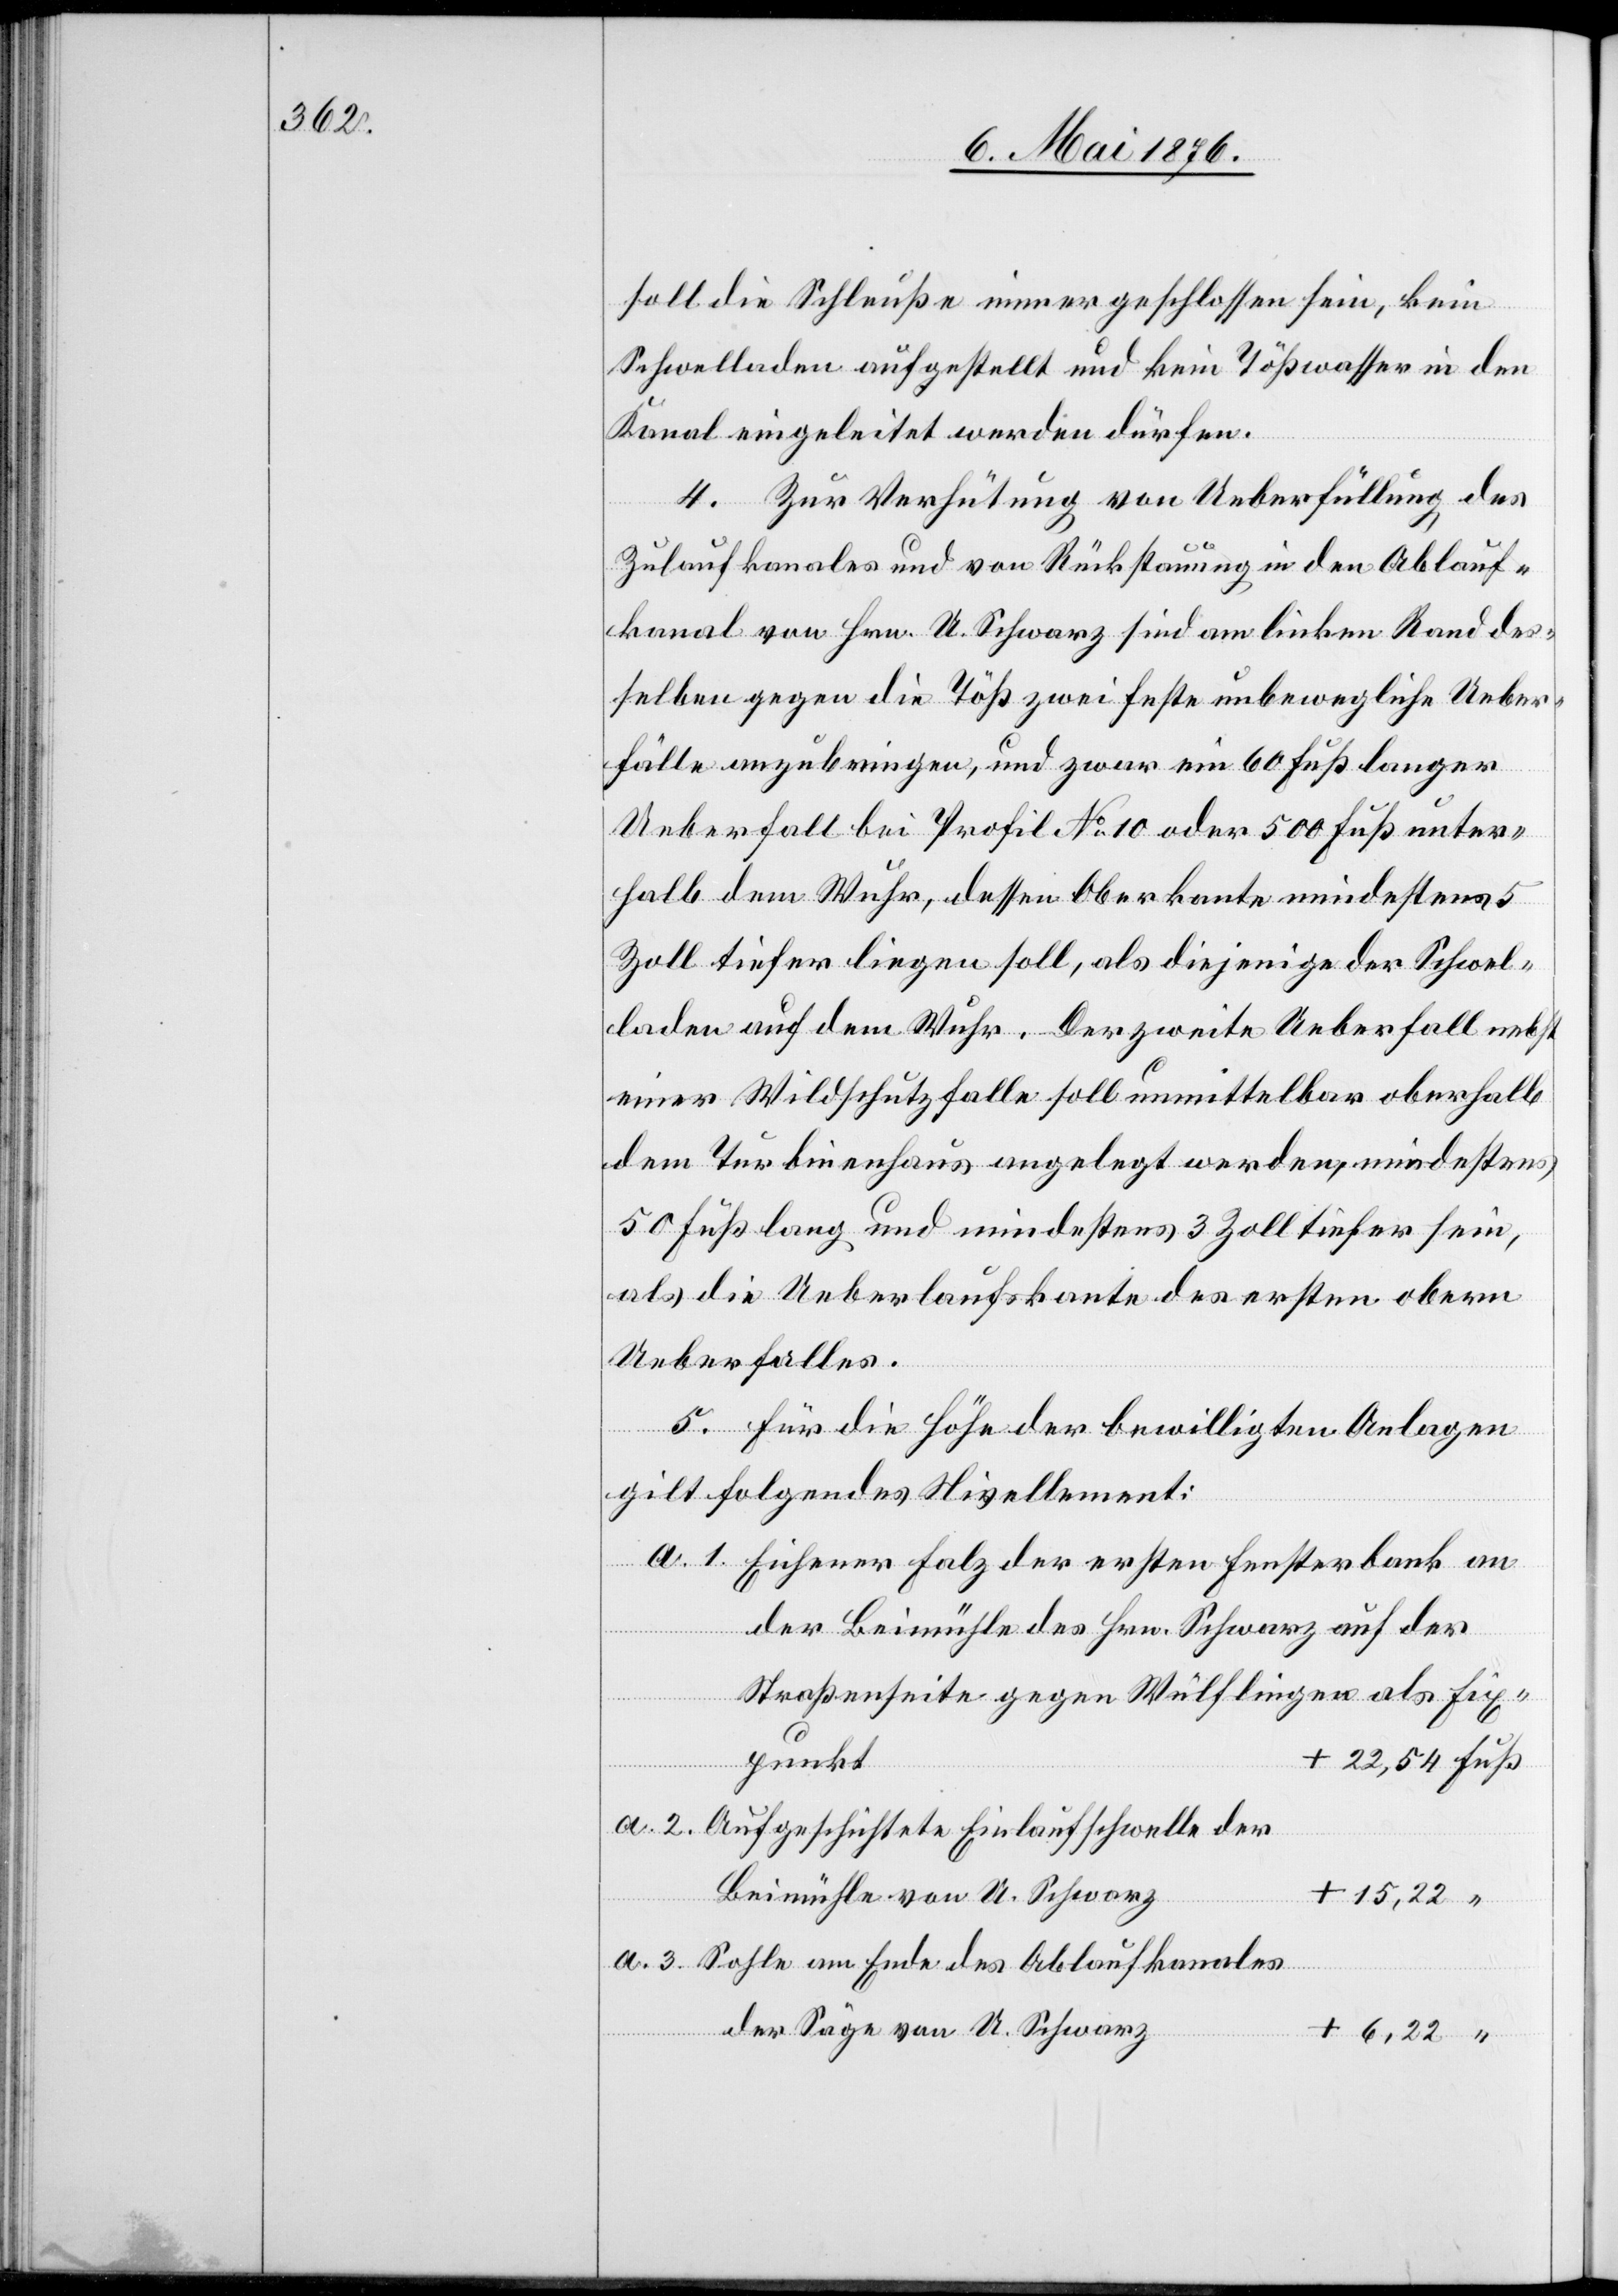
soll die Schleuße immer geschlossen sein, kein
Schwelladen aufgestellt und kein Tößwasser in den
Kanal eingeleitet werden dürfen.
4. Zur Verhütung von Ueberfüllung des
Zulaufkanales und von Rückstauung in den Ablauf¬
kanal von Hrn. U. Schwarz sind am linken Rand des¬
selben gegen die Töß zwei feste unbewegliche Ueber¬
fälle anzubringen, und zwar ein 60 Fuß langer
Ueberfall bei Profil No 10 oder 500 Fuß unter¬
halb dem Wuhr, dessen Oberkante mindestens 5
Zoll tiefer liegen soll, als diejenige der Schwel¬
laden auf dem Wuhr. Der zweite Ueberfall nebst
einer Wildschutzfalle soll unmittelbar oberhalb
dem Turbinenhaus angelegt werden, mindestens
50 Fuß lang und mindestens 3 Zoll tiefer sein,
als die Ueberlaufskante des ersten obern
Ueberfalles.
5. für die Höhe der bewilligten Anlagen
gilt folgendes Nivellement:
Eichener Falz der ersten Fensterbank an
der Beimühle des Hrn. Schwarz auf der
Straßenseite gegen Wülflingen als Fix¬
punkt
Aufgeschichtete Einlaufschwelle der
Beimühle von U. Schwarz
15,22
Sohle am Ende des Ablaufkanales
der Säge von U. Schwarz